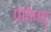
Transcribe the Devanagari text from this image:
प्रतिबाहु